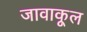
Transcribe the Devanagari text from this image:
जावाकूल